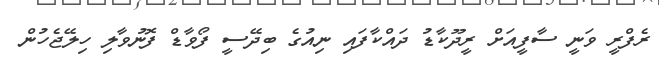
ރެފްރީ ވަނީ ސާފީއަށް ރީދޫކާޑު ދައްކާފައި ނިއުގެ ބިދޭސީ ފޯވާޑް ފޮނުވާލި ހިލޭޖެހުން